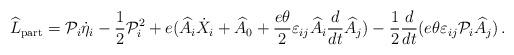
LaTeX: \begin{align*}\widehat{L}_{\rm part} = {\cal P}_i \dot{\eta}_i - \frac{1}{2}{\cal P}_i^{2} + e( \widehat{A}_i \dot{X}_i + \widehat{A}_0 +\frac{e\theta}{2} \varepsilon_{ij} \widehat{A}_i \frac{d}{dt}\widehat{A}_j) - \frac{1}{2} \frac{d}{dt} (e \theta\varepsilon_{ij} {\cal P}_i \widehat{A}_j )\, .\end{align*}